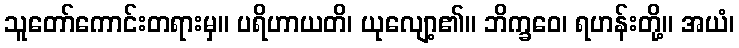
သူတော်ကောင်းတရားမှ။ ပရိဟာယတိ၊ ယုလျော့၏။ ဘိက္ခဝေ၊ ရဟန်းတို့။ အယံ၊